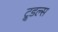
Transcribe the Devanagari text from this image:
टू्डल्स